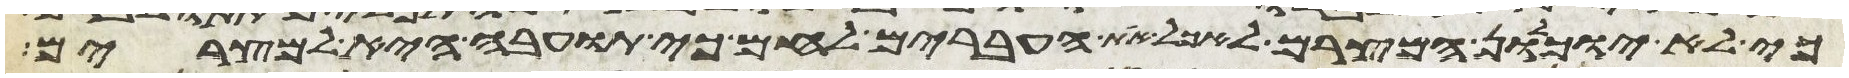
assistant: כי לא יוכלון המצרים לאכל את העברים לחם כי תועבה היא למצרים